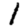
Digit: 1